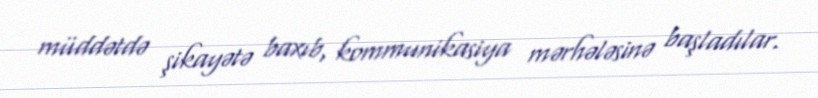
müddətdə şikayətə baxıb, kommunikasiya mərhələsinə başladılar.